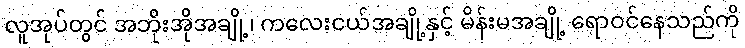
လူအုပ်တွင် အဘိုးအိုအချို့၊ ကလေးငယ်အချို့နှင့် မိန်းမအချို့ ရောဝင်နေသည်ကို